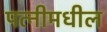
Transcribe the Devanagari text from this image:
पत्नीमधील